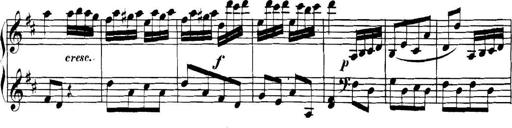
Title: Collected Piano Sonatas
Composer: Muzio Clementi